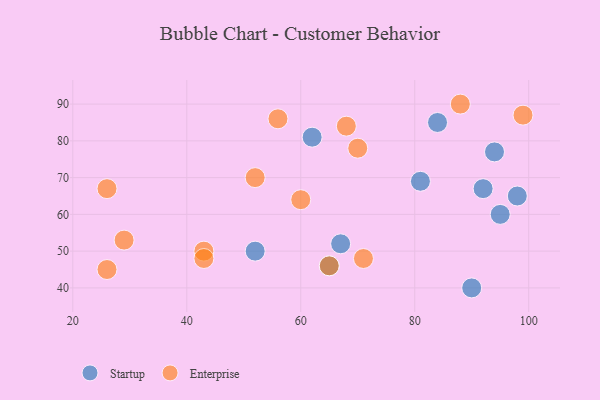
{"axis": {"x": "GDP", "y": "Life Expectancy"}, "legend": ["Enterprise", "Startup"], "data": [{"x": "62", "y": 81, "type": "Startup"}, {"x": "90", "y": 40, "type": "Startup"}, {"x": "92", "y": 67, "type": "Startup"}, {"x": "67", "y": 52, "type": "Startup"}, {"x": "84", "y": 85, "type": "Startup"}, {"x": "81", "y": 69, "type": "Startup"}, {"x": "94", "y": 77, "type": "Startup"}, {"x": "52", "y": 50, "type": "Startup"}, {"x": "65", "y": 46, "type": "Startup"}, {"x": "95", "y": 60, "type": "Startup"}, {"x": "98", "y": 65, "type": "Startup"}, {"x": "26", "y": 45, "type": "Enterprise"}, {"x": "52", "y": 70, "type": "Enterprise"}, {"x": "60", "y": 64, "type": "Enterprise"}, {"x": "65", "y": 46, "type": "Enterprise"}, {"x": "43", "y": 50, "type": "Enterprise"}, {"x": "26", "y": 67, "type": "Enterprise"}, {"x": "88", "y": 90, "type": "Enterprise"}, {"x": "43", "y": 48, "type": "Enterprise"}, {"x": "99", "y": 87, "type": "Enterprise"}, {"x": "70", "y": 78, "type": "Enterprise"}, {"x": "29", "y": 53, "type": "Enterprise"}, {"x": "71", "y": 48, "type": "Enterprise"}, {"x": "56", "y": 86, "type": "Enterprise"}, {"x": "68", "y": 84, "type": "Enterprise"}]}